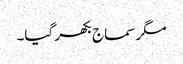
مگر سماج بکھر گیا۔